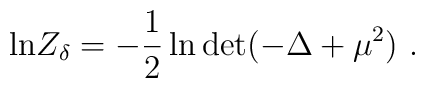
{\rm ln} Z_\delta = -{1\over 2}\ln {\rm det}(-\Delta+\mu^2)~.